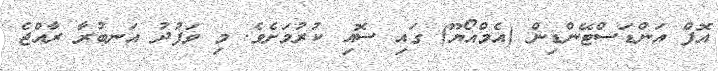
އޮފް އަންޑަސްޓޭންޑިން (އެމްއޯޔޫ) ގައި ސޮއި ކުރުމަށެވެ. މި ވަފުދު އަނބުރާ ރާއްޖެ